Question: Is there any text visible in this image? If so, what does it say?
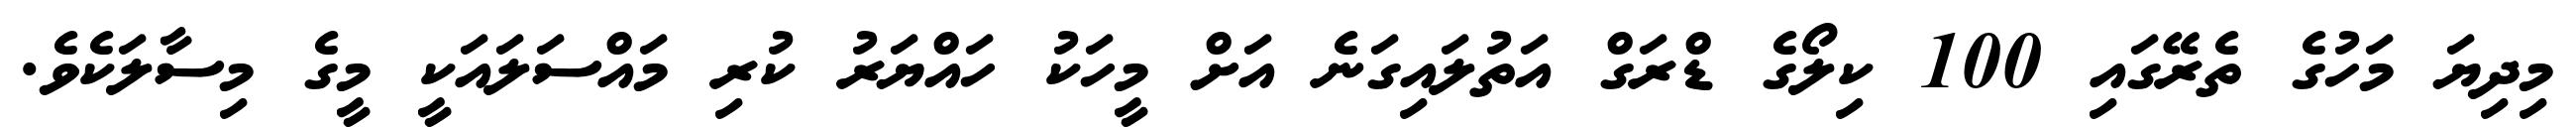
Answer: މިދިޔަ މަހުގެ ތެރޭގައި 100 ކިލޯގެ ޑްރަގް އަތުލައިގަނެ އަށް މީހަކު ހައްޔަރު ކުރި މައްސަލައަކީ މީގެ މިސާލަކެވެ.